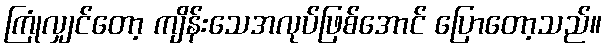
ကြုံလျှင်တော့ ကျိန်းသေအလုပ်ဖြစ်အောင် ပြောတော့သည်။